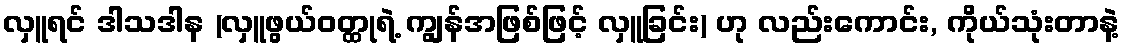
လှူရင် ဒါသဒါန (လှူဖွယ်ဝတ္ထုရဲ့ ကျွန်အဖြစ်ဖြင့် လှူခြင်း) ဟု လည်းကောင်း, ကိုယ်သုံးတာနဲ့